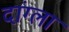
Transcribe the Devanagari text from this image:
दांग्ला